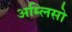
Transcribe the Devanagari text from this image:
अम्लिसो